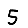
Digit: 5